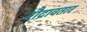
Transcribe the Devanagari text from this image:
रौद्रावतार